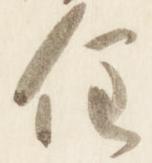
住